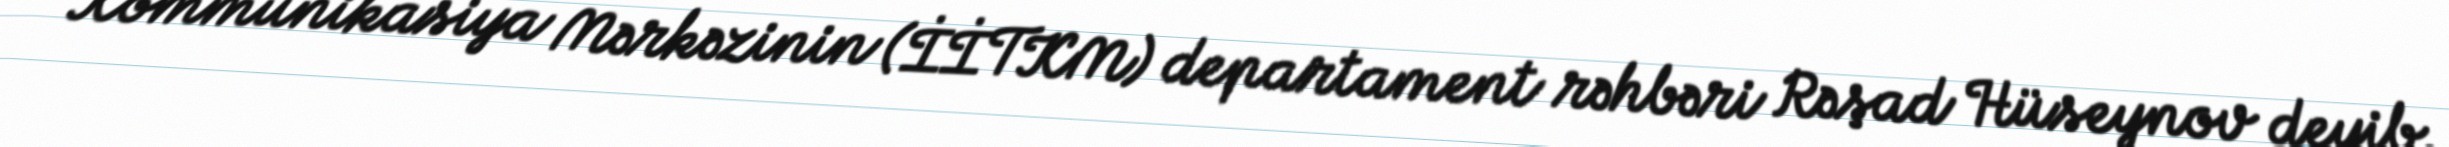
Kommunikasiya Mərkəzinin (İİTKM) departament rəhbəri Rəşad Hüseynov deyib.